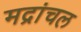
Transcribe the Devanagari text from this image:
मद्रांचल